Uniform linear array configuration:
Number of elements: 8
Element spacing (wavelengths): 1
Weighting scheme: hamming
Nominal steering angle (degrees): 0
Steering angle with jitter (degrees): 1.997
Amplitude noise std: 0.05
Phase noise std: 0.05

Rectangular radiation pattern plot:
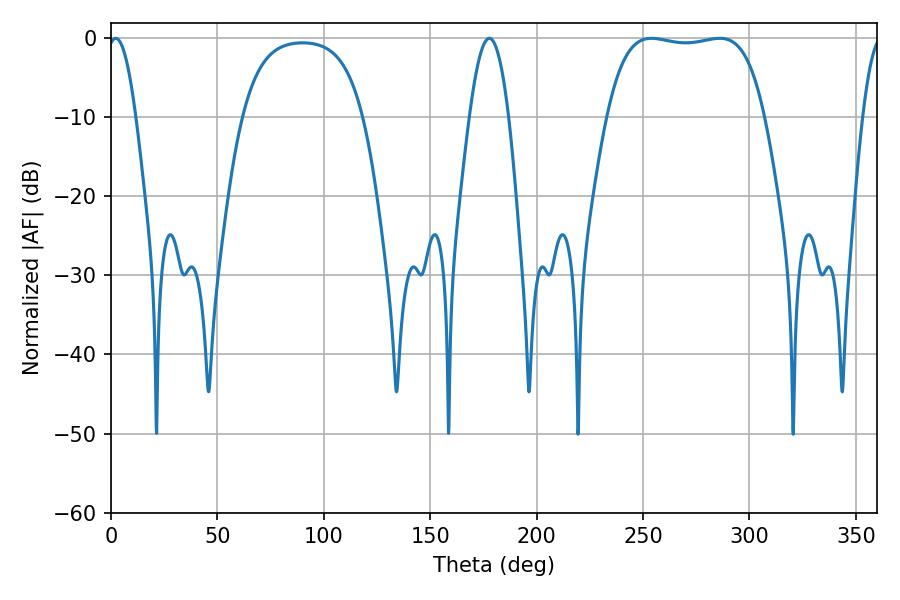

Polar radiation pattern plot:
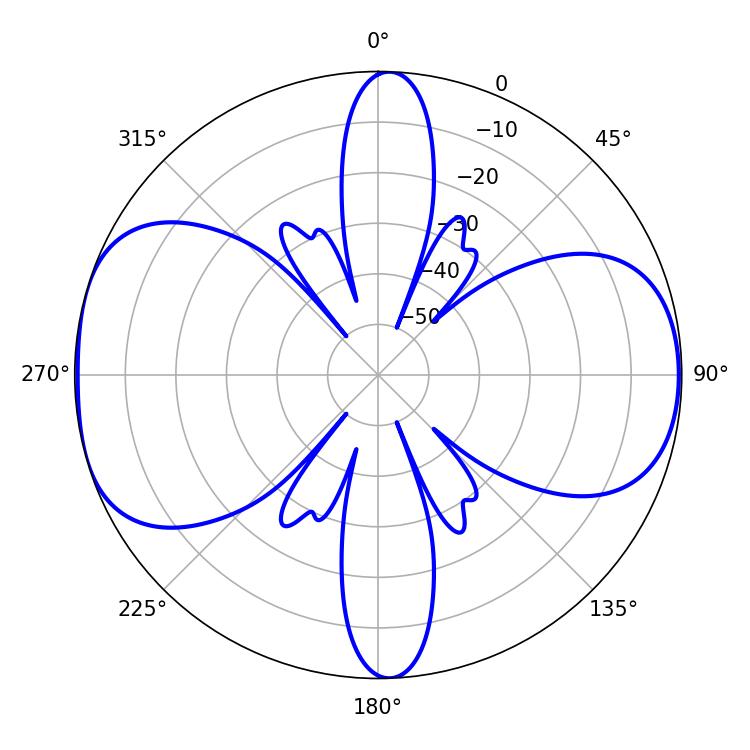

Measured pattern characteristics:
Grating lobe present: TRUE
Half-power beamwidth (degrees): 58.68
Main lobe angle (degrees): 253.98